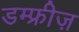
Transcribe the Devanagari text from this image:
डम्फ्रीज़